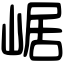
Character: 崌